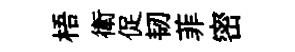
梧衛促韧菲密